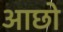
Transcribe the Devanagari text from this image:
आछो